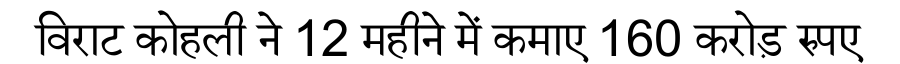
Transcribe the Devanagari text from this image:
विराट कोहली ने 12 महीने में कमाए 160 करोड़ रुपए